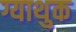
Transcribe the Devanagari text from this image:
ग्याथुक